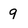
Character: g